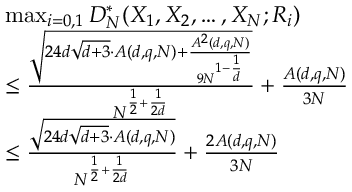
\begin{array} { r l } & { \operatorname* { m a x } _ { i = 0 , 1 } D _ { N } ^ { * } ( X _ { 1 } , X _ { 2 } , \ldots , X _ { N } ; R _ { i } ) } \\ & { \leq \frac { \sqrt { 2 4 d \sqrt { d + 3 } \cdot A ( d , q , N ) + \frac { A ^ { 2 } ( d , q , N ) } { 9 N ^ { 1 - \frac { 1 } { d } } } } } { N ^ { \frac { 1 } { 2 } + \frac { 1 } { 2 d } } } + \frac { A ( d , q , N ) } { 3 N } } \\ & { \leq \frac { \sqrt { 2 4 d \sqrt { d + 3 } \cdot A ( d , q , N ) } } { N ^ { \frac { 1 } { 2 } + \frac { 1 } { 2 d } } } + \frac { 2 A ( d , q , N ) } { 3 N } } \end{array}